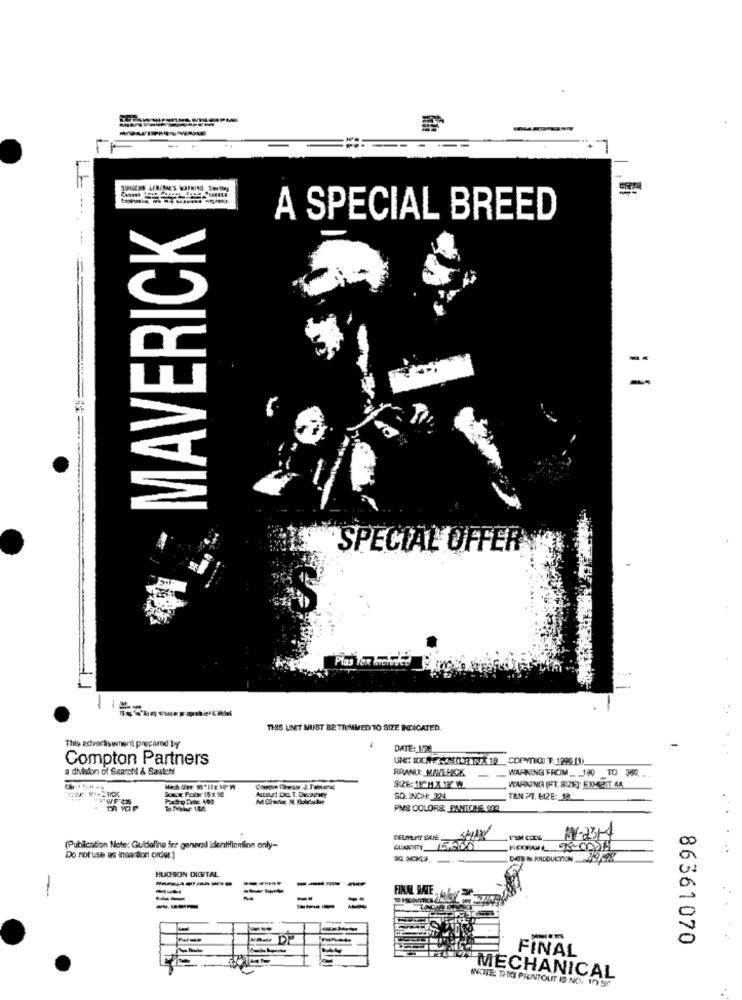
-------
LEAPMG
MAVERICK
A SPECIAL BREED
SPECIAL OFFER
Plas Tex choc
THIS LINET MUST BE TRIMMED TO SIZE INDICATED.
This actvaräsement prepared by
DATE: 1/3
Compton Partners
a division of Search & Saatchi
BRANLE: MAVERICK
WARNING FROM _ 190 TO 360.
Sonoy Posts/ 18:1. 10
WAFDUNG (FT. SIZE]: FXMOST 46
SQ. INCH: 324
TAN PT. BIZE: 12
PMS DOLORE: PANTONE 124
NY-2314
(Publication Note: Guideline fer general identification only-
QUANTITY LASDO
Do not use as insarsort order)
HUDSON DIGITAL
-----
---
-
-
FINAL BAIE,
--
-----
-- DE
86361070
FINAL
"MECHANICAL
NOTE: THE PRINTOUT IS NO. 17 90